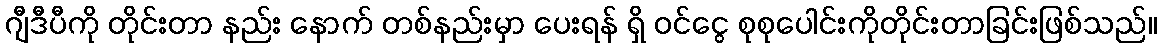
ဂျီဒီပီကို တိုင်းတာ နည်း နောက် တစ်နည်းမှာ ပေးရန် ရှိ ဝင်ငွေ စုစုပေါင်းကိုတိုင်းတာခြင်းဖြစ်သည်။